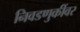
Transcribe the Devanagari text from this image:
निवडणुकींवर